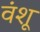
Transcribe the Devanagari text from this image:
वंशू